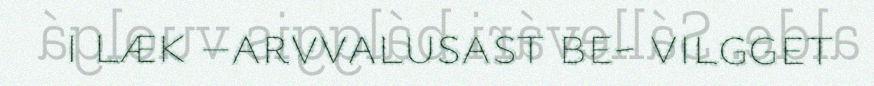
i læk –arvvalusast be- vilgget